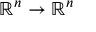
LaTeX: \mathbb { R } ^ { n } \to \mathbb { R } ^ { n }